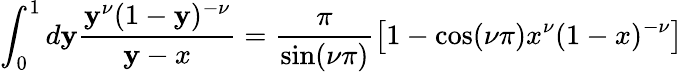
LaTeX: \int_{0}^{1}d\mathbf{y}\frac{{\mathbf{y}^{\nu}(1-\mathbf{y})^{-\nu}}}{{\mathbf{y}-x}}=\frac{{\pi}}{{\sin(\nu\pi)}}\left[1-\cos(\nu\pi)x^{\nu}(1-x)^{-\nu}\right]